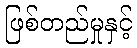
ဖြစ်တည်မှုနှင့်